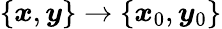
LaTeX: \{ \boldsymbol{x},\boldsymbol{y}\} \rightarrow\{ \boldsymbol{x}_{0},\boldsymbol{y}_{0}\}